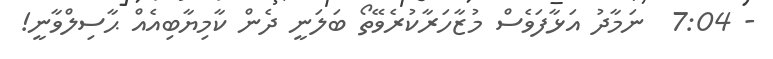
- 7:04  ނަމާދު އަޅާފަވެސް މުޒާހަރާކުރެވޭތޯ ބަލަނީ ދެން ކާމިޔާބިއެއް ޙާސިލްވާނީ!